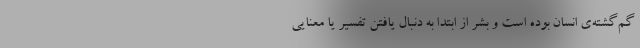
گم‌گشته‌ی انسان بوده است و بشر از ابتدا به دنبال یافتن تفسیر یا معنایی